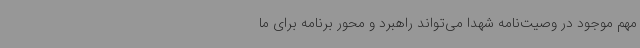
مهم موجود در وصیت‌نامه شهدا می‌تواند راهبرد و محور برنامه برای ما